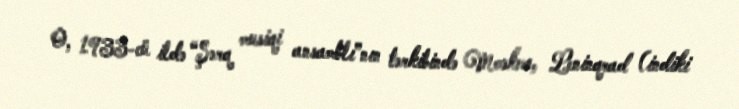
O, 1933-cü ildə “Şərq musiqi ansamblı”nın tərkibində Moskva, Leninqrad (indiki